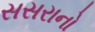
સસરાનો